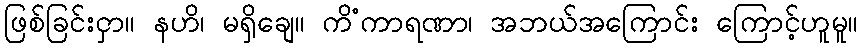
ဖြစ်ခြင်းငှာ။ နဟိ၊ မရှိချေ။ ကိံကာရဏာ၊ အဘယ်အကြောင်း ကြောင့်ဟူမူ။